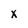
Character: x